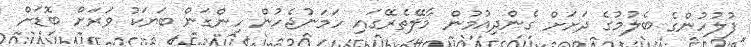
ފުލުހުންގެ ބެލުމުގެ ދަށަށް ގެންދިއުމުން މާލޭތެރޭގައި ހަމަނުޖެހުން ހިންގަން ބަޔަކު ވަރަށް ބޮޑަށް